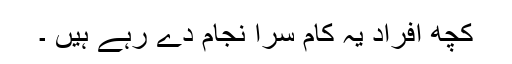
کچھ افراد یہ کام سرا نجام دے رہے ہیں ۔